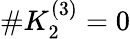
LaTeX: \# K_{2}^{(3)}=0